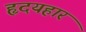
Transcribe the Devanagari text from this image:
हृदयहार